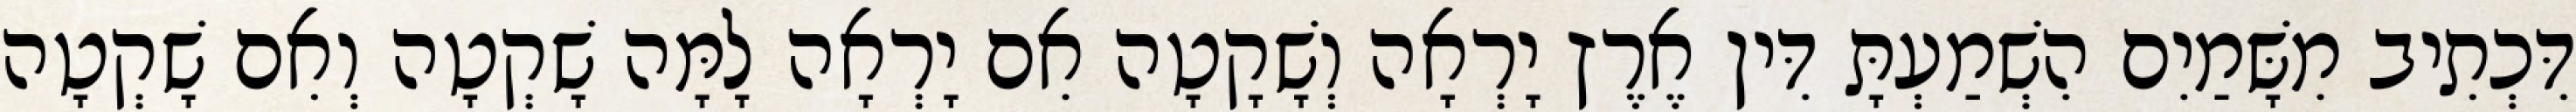
דִּכְתִיב מִשָּׁמַיִם הִשְׁמַעְתָּ דִּין אֶרֶץ יָרְאָה וְשָׁקָטָה אִם יָרְאָה לָמָּה שָׁקְטָה וְאִם שָׁקְטָה